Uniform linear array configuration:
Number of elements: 4
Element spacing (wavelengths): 1
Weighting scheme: cosine
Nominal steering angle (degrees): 15
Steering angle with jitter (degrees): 13.416
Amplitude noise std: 0.05
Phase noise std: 0.05

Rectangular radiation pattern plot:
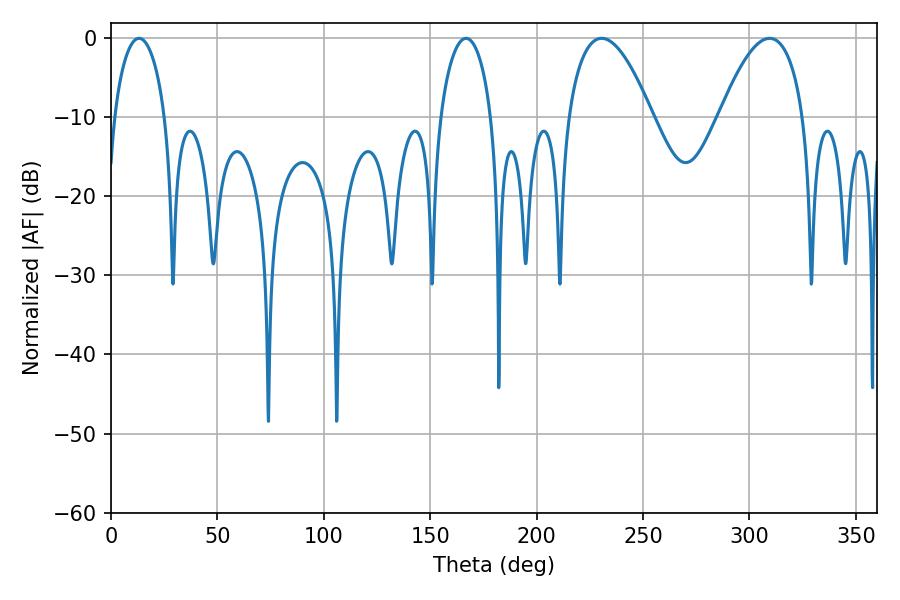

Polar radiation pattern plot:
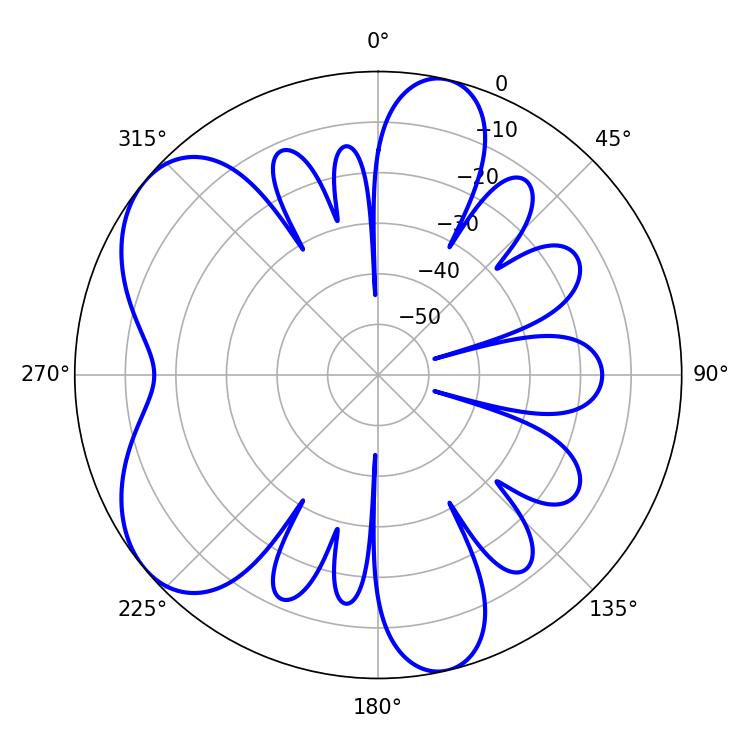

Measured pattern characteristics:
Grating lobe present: TRUE
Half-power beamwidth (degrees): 21.78
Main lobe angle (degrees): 230.58